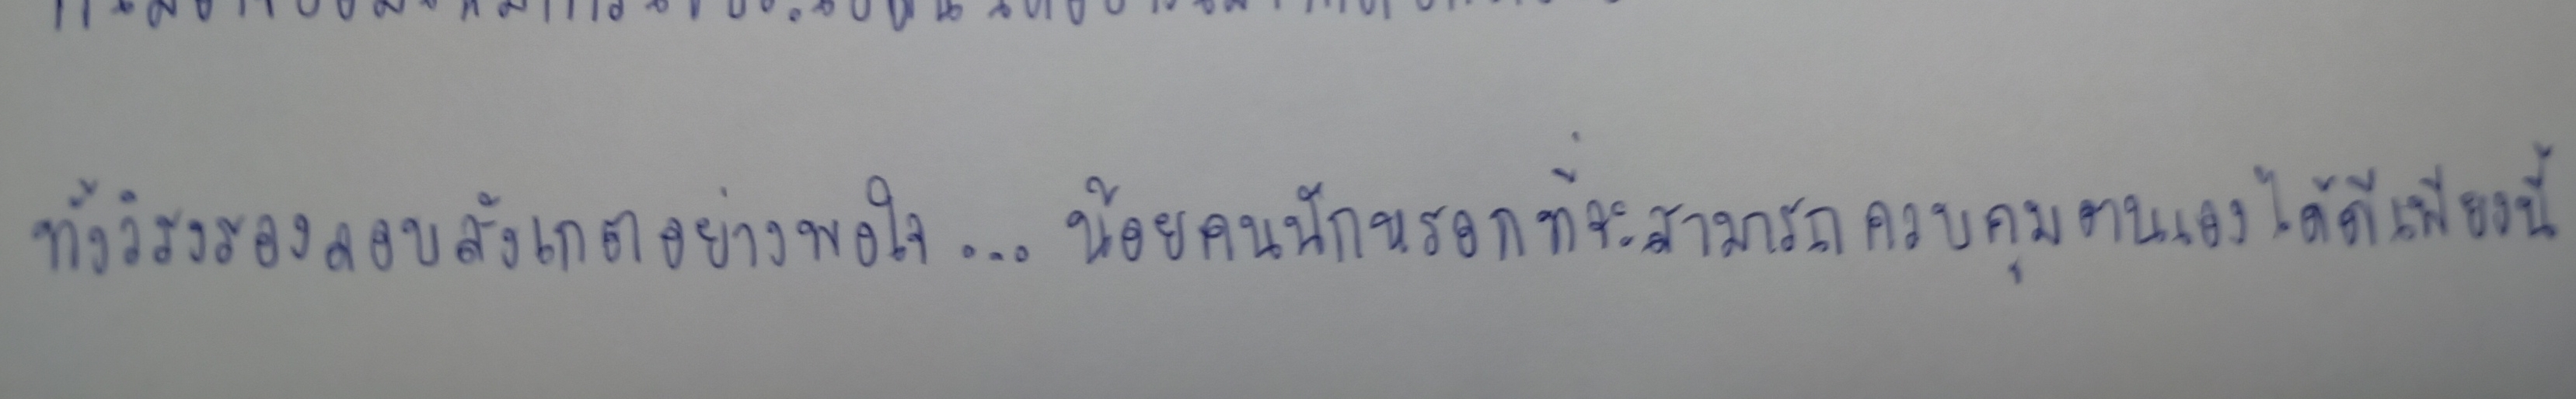
ทั้งวิรงรองลอบสังเกตอย่างพอใจ...น้อยคนนักหรอกที่จะสามารถควบคุมตนเองได้ดีเพียงนี้